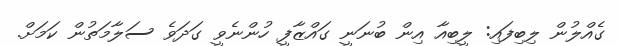
ގެއްލުން ލިބިފައި: ލީބިއާ އިން ބުނަނީ ގައްޒާފީ ހުންނެވީ ގަދަވެ ސަލާމަތުން ކަމަށް.